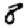
Digit: 8